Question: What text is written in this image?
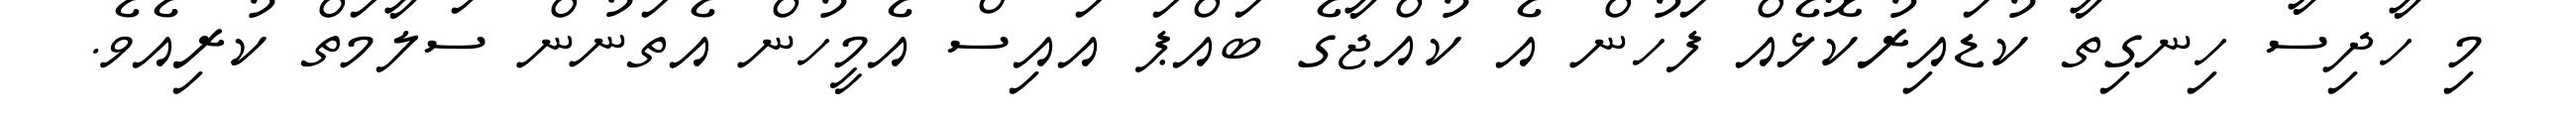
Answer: މި ހާދިސާ ހިނގިތާ ކުޑައިރުކޮޅެއް ފަހުން އެ ކުއްޖާގެ ބައްޕަ އައިސް އެމީހުން އެތަނުން ސަލާމަތް ކުރިއެވެ.